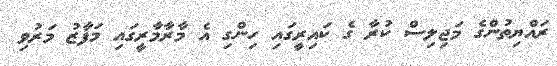
ރައްޔިތުންގެ މަޖިލިސް ކުރާ ގެ ކައިރީގައި ހިންގި އެ މާރާމާރީގައި މަފާޒު މަރުވި